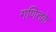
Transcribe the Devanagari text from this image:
गणितके